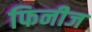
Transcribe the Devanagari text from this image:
फिनीज